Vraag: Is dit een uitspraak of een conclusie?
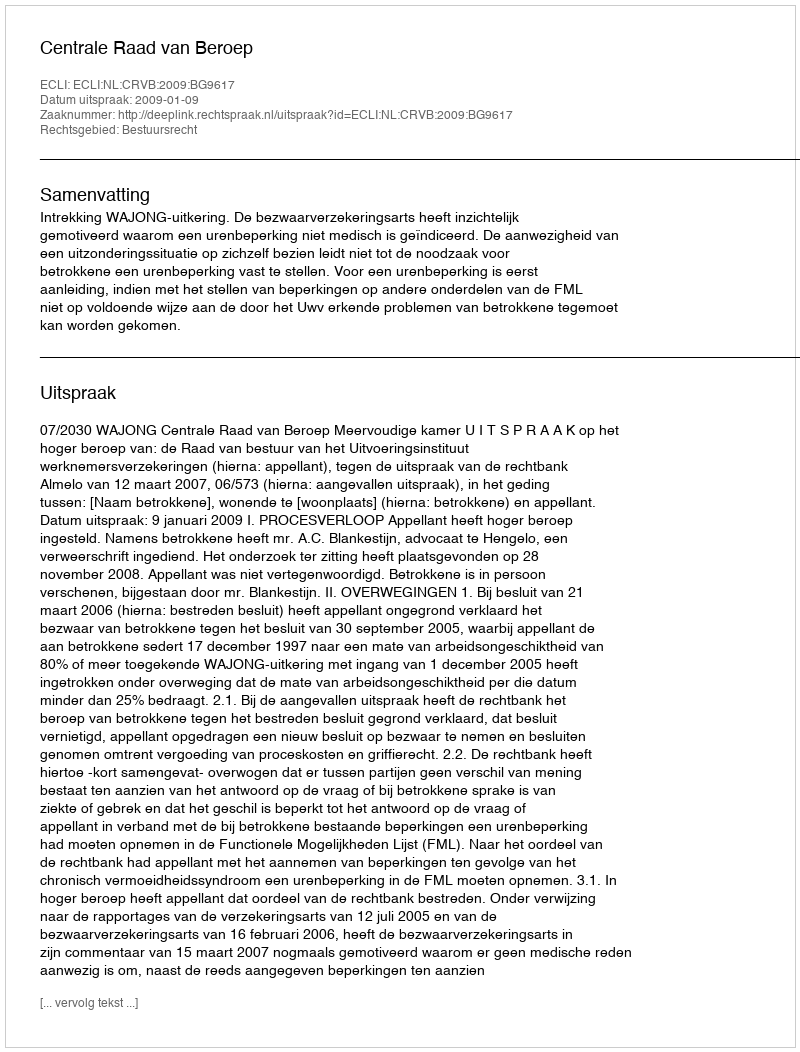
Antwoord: Uitspraak